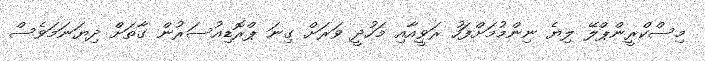
މިސްކްރީންޕްލޭ ލިޔެ ނިންމުމަށްފަހު ރަވީއާއި މަހުދީ ވަރަށް ގިނަ ޕްރޮޑިއުސަރުން ގާތަށް ދިޔަނަމަވެސް